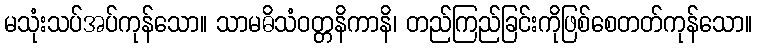
မသုံးသပ်အပ်ကုန်သော။ သာမဓိသံဝတ္တနိကာနိ၊ တည်ကြည်ခြင်းကိုဖြစ်စေတတ်ကုန်သော။